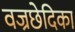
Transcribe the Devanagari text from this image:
वज्रछेदिका